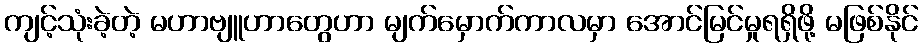
ကျင့်သုံးခဲ့တဲ့ မဟာဗျူဟာတွေဟာ မျက်မှောက်ကာလမှာ အောင်မြင်မှုရရှိဖို့ မဖြစ်နိုင်